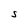
Character: S